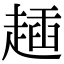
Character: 𧼰